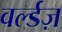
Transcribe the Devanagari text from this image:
वर्ल्डज़